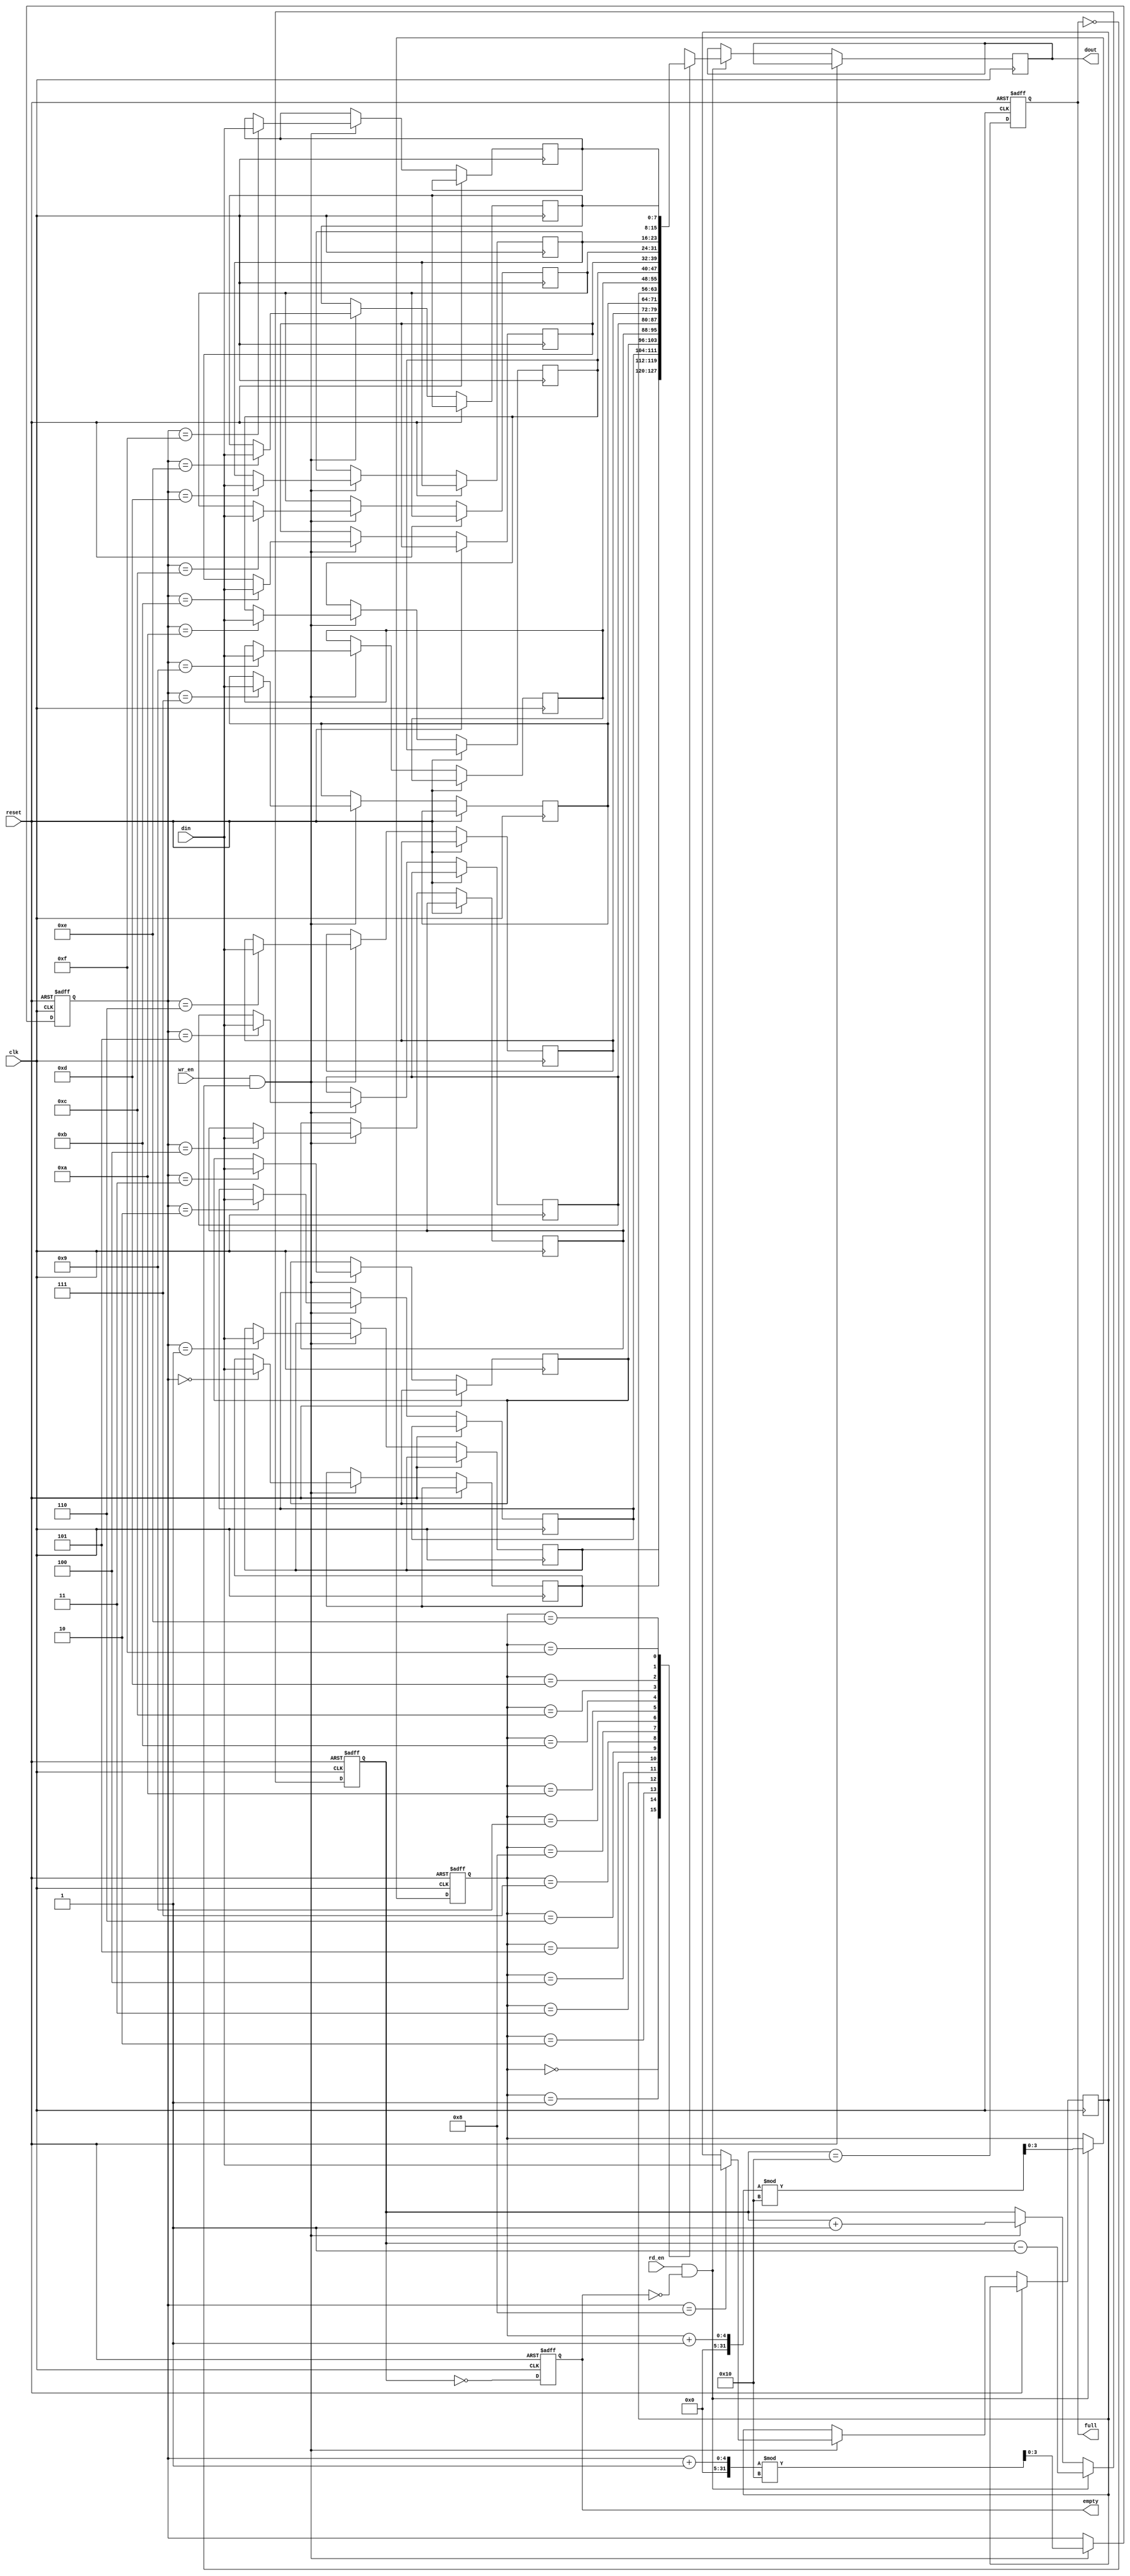
module fifo_sram #(
    parameter DEPTH = 16,   // Number of entries in the FIFO
    parameter WIDTH = 8     // Width of each entry in bits
)(
    input wire clk,             // Clock signal for synchronous operations (not used for async ops)
    input wire reset,           // Reset signal
    input wire wr_en,           // Write enable signal
    input wire rd_en,           // Read enable signal
    input wire [WIDTH-1:0] din, // Data input
    output reg [WIDTH-1:0] dout, // Data output
    output reg full,           // Full flag
    output reg empty           // Empty flag
);

    // Memory array to hold FIFO data
    reg [WIDTH-1:0] fifo_mem [0:DEPTH-1];
    
    // Write and read pointers
    reg [clog2(DEPTH)-1:0] wr_ptr;
    reg [clog2(DEPTH)-1:0] rd_ptr;
    reg [clog2(DEPTH):0] count; // To track the number of entries

    // Function to calculate log base 2
    function integer clog2;
        input integer value;
        begin
            value = value - 1;
            for (clog2 = 0; value > 0; clog2 = clog2 + 1)
                value = value >> 1;
        end
    endfunction

    // Asynchronous reset and pointer management
    always @(posedge clk or posedge reset) begin
        if (reset) begin
            wr_ptr <= 0;
            rd_ptr <= 0;
            count <= 0;
            full <= 0;
            empty <= 1;
        end else begin
            // Write operation
            if (wr_en && !full) begin
                fifo_mem[wr_ptr] <= din;
                wr_ptr <= (wr_ptr + 1) % DEPTH;
                count <= count + 1;
            end
            
            // Read operation
            if (rd_en && !empty) begin
                dout <= fifo_mem[rd_ptr];
                rd_ptr <= (rd_ptr + 1) % DEPTH;
                count <= count - 1;
            end
            
            // Update full and empty flags
            full <= (count == DEPTH);
            empty <= (count == 0);
        end
    end

endmodule